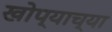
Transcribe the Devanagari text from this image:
खोप्याच्या